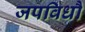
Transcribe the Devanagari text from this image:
जपविधौ